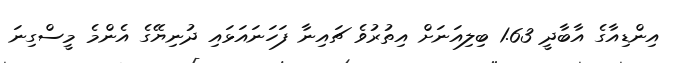
އިންޑިއާގެ އާބާދީ 1.63 ބިލިއަނަށް އިތުރުވެ ޗައިނާ ފަހަނައަޅައި ދުނިޔޭގެ އެންމެ މީސްގިނަ